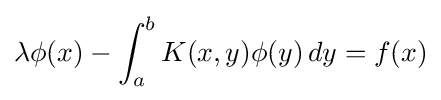
\lambda \phi (x)-\int _{a}^{b}K(x,y)\phi (y)\,dy=f(x)